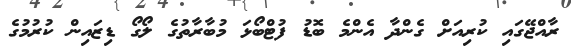
ރާއްޖޭގައި ކުރިއަށް ގެންދާ އެންމެ ބޮޑު ފުޓްބޯޅަ މުބާރާތުގެ ލޯގޯ ޑިޒައިން ކުރުމުގެ